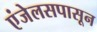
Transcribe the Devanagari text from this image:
एंजेलसपासून